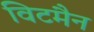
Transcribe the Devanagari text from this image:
विटमैन